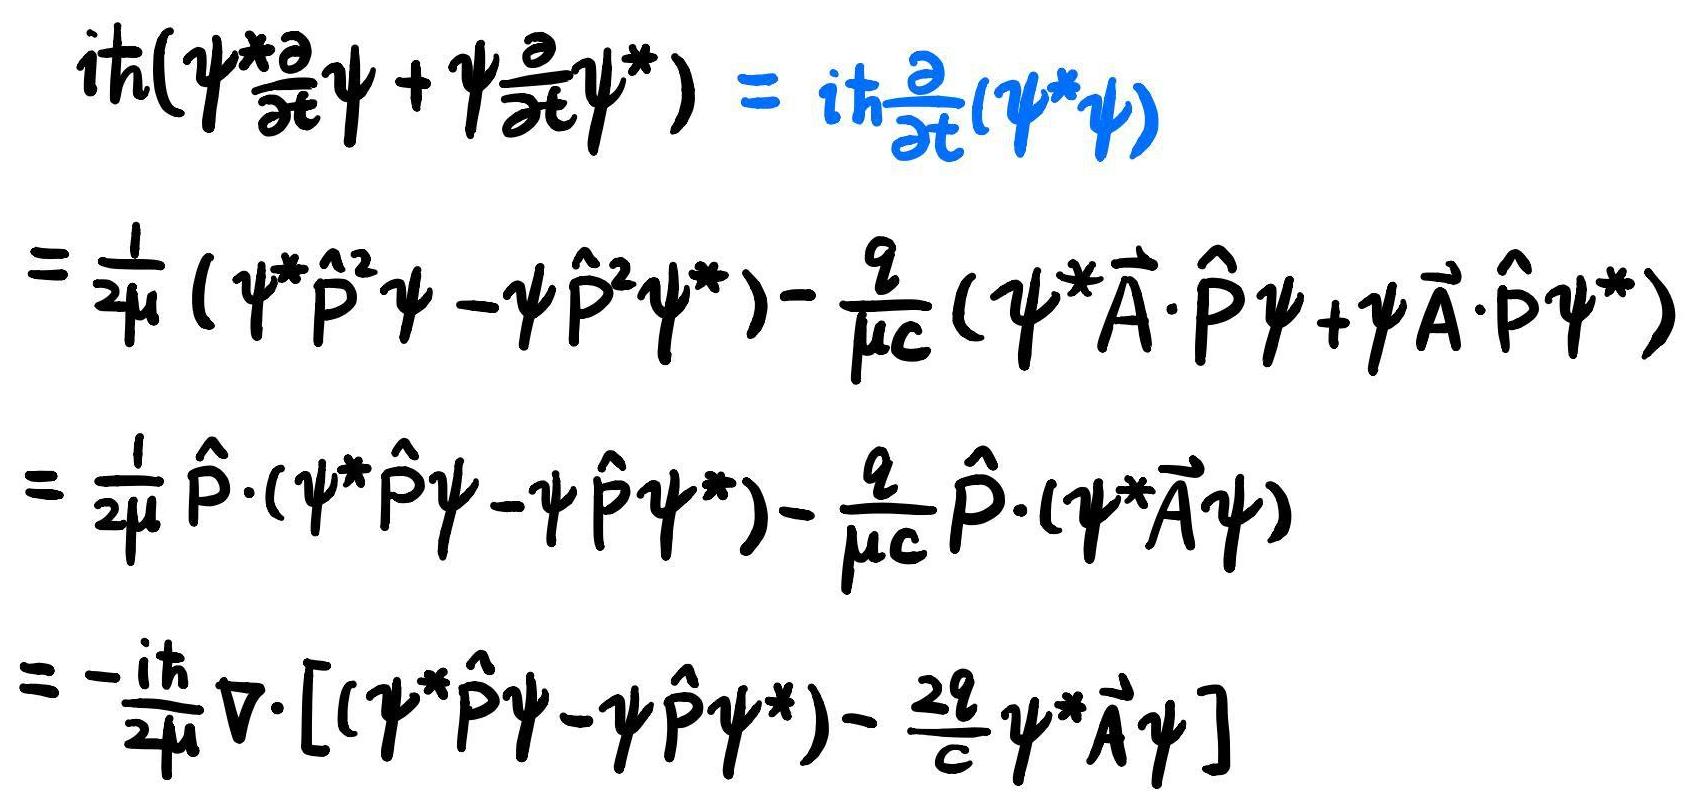
\[
\begin{align*}
i\hbar(\psi^*\frac{\partial}{\partial t}\psi+\psi\frac{\partial}{\partial t}\psi^*)&=i\hbar\frac{\partial}{\partial t}(\psi^*\psi)\\
&=\frac{1}{2\mu}(\psi^*\hat{\mathbf{p}}^2\psi - \psi\hat{\mathbf{p}}^2\psi^*) - \frac{q}{\mu c}(\psi^*\vec{\mathbf{A}}\cdot\hat{\mathbf{p}}\psi+\psi\vec{\mathbf{A}}\cdot\hat{\mathbf{p}}\psi^*)\\
&=\frac{1}{2\mu}\hat{\mathbf{p}}\cdot(\psi^*\hat{\mathbf{p}}\psi - \psi\hat{\mathbf{p}}\psi^*) - \frac{q}{\mu c}\hat{\mathbf{p}}\cdot(\psi^*\vec{\mathbf{A}}\psi)\\
&=-\frac{i\hbar}{2\mu}\nabla\cdot[(\psi^*\hat{\mathbf{p}}\psi - \psi\hat{\mathbf{p}}\psi^*) - \frac{2q}{c}\psi^*\vec{\mathbf{A}}\psi]
\end{align*}
\]